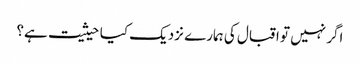
اگر نہیں تو اقبال کی ہمارے نزدیک کیا حیثیت ہے؟